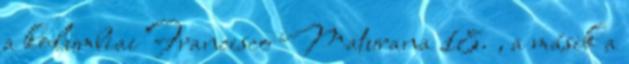
a kolumbiai Francisco Maturana 18. , a másik a